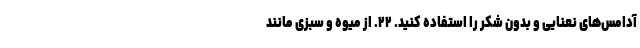
آدامس‌های نعنایی و بدون شکر را استفاده کنید. ۲۲. از میوه و سبزی مانند